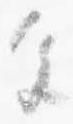
色